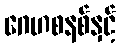
ဂေဟစနစ်နှင့်